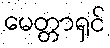
မေတ္တာရှင်